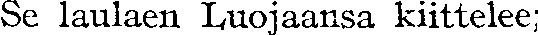
Se laulaen Luojaansa kiittelee;